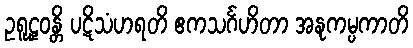
ဥရူဠှဝန္တိ ပဋိသံဟရတိ ဧကသင်္ဂဟိတာ အနုကမ္ပကာတိ